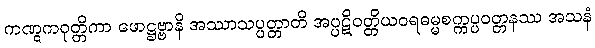
ကဏ္ဋကဝုတ္တိကာ ဖောဋ္ဌဗ္ဗာနိ အဿာသပ္ပတ္တာတိ အပ္ပဋိဝတ္တိယဝရဓမ္မစက္ကပ္ပဝတ္တနဿ အသနံ